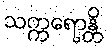
သက္ကရောန္တိ